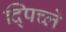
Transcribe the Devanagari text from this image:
द्पिच्ले